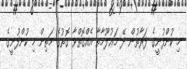
މި ކުންފުނީގެ ފަރާތުން ދޭ މަޢުލޫމާތާ އެއްގޮތްވާ ގޮތުގެ މަތިން މި ކުންފުނީގެ